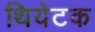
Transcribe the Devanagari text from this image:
थियेटक